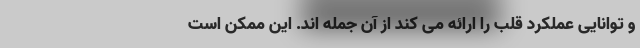
و توانایی عملکرد قلب را ارائه می کند از آن جمله اند. این ممکن است